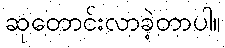
ဆုတောင်းလာခဲ့တာပါ။